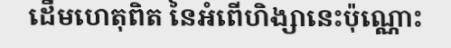
ដើមហេតុពិត នៃអំពើហិង្សានេះប៉ុណ្ណោះ